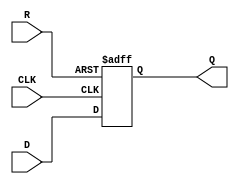
module neg_edge_d_ff(
    input wire D,
    input wire CLK,
    input wire R,
    output reg Q
);

always @ (negedge CLK or posedge R)
begin
    if (R)
        Q <= 1'b0;
    else
        Q <= D;
end

endmodule